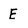
Character: E